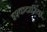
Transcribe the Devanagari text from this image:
इश्कदारियां